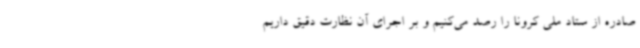
صادره از ستاد ملی کرونا را رصد می‌کنیم و بر اجرای آن نظارت دقیق داریم